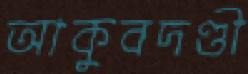
আকুবদণ্ডী